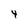
Character: 4